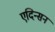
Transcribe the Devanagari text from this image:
एदिन्सन